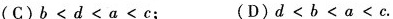
(C)$$b < d < a < c$$; (D)$$d < b < a < c$$.